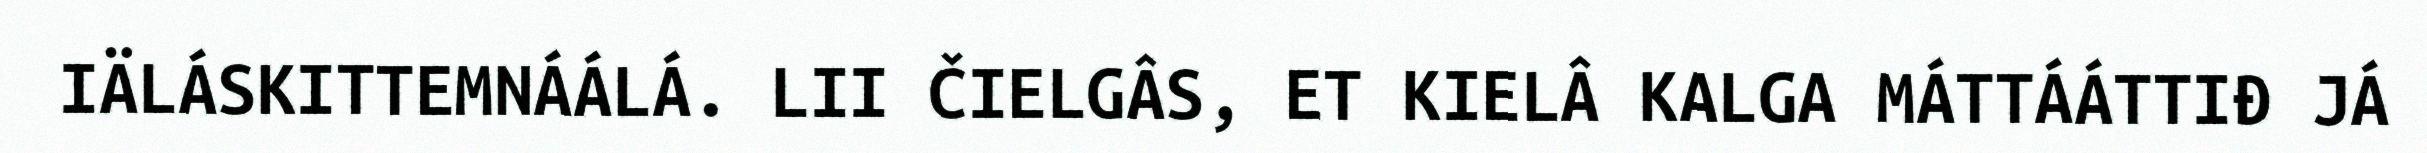
IÄLÁSKITTEMNÁÁLÁ. LII ČIELGÂS, ET KIELÂ KALGA MÁTTÁÁTTIĐ JÁ